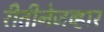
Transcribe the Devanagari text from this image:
रीतीनेजव्हार